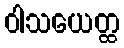
ဝါသယေတ္ထ